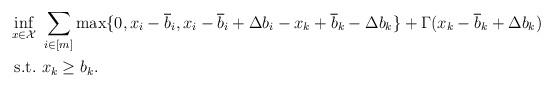
LaTeX: \begin{align*}\inf_{x \in \mathcal{X}} & \ \sum_{i \in [m]} \max\{0, x_i - \overline{b}_i, x_i - \overline{b}_i + \Delta b_i - x_k + \overline{b}_k -\Delta b_k \} + \Gamma (x_k - \overline{b}_k + \Delta b_k) \\\mathrm{s.t.} & \ x_k \geq b_k.\end{align*}